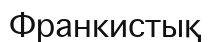
Франкистық